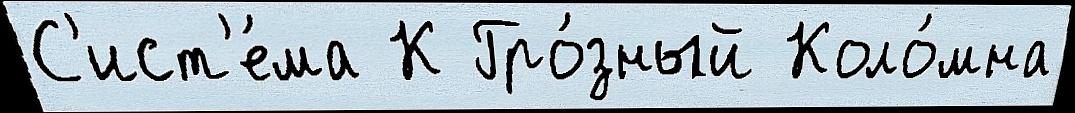
С'ист'е́ма К Гро́зный Коло́мна